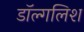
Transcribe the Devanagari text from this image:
डॉल्गलिश